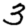
Digit: 3